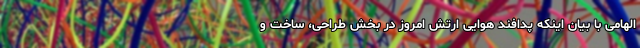
الهامی با بیان اینکه پدافند هوایی ارتش امروز در بخش طراحی، ساخت و